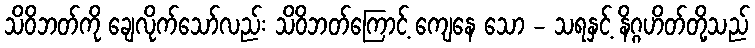
သိဝိဘတ်ကို ချေလိုက်သော်လည်း သိဝိဘတ်ကြောင့် ကျေနေ သော - သရနှင့် နိဂ္ဂဟိတ်တို့သည်